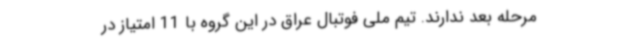
مرحله بعد ندارند. تیم ملی فوتبال عراق در این گروه با 11 امتیاز در